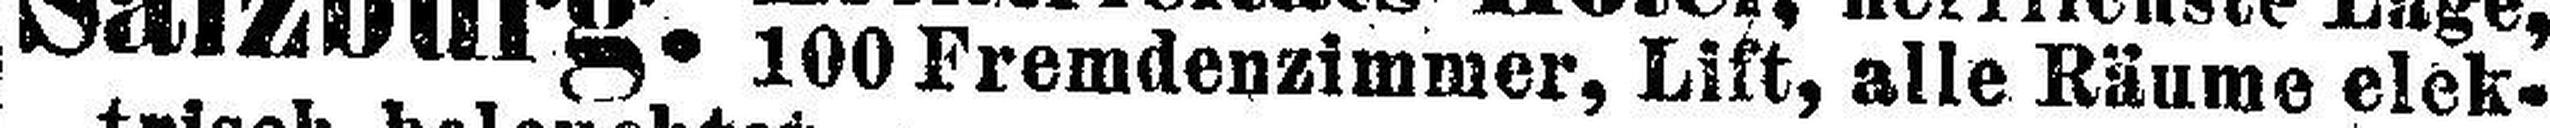
100 Fremdenzimmer, Lift, alle Räume elek¬